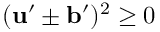
( { \bf { u } } ^ { \prime } \pm { \bf { b } } ^ { \prime } ) ^ { 2 } \ge 0